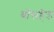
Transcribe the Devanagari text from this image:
बॉसहेड